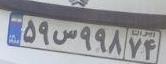
۵۹س۹۹۸۷۴